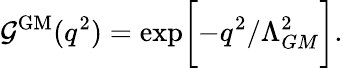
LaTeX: {\cal G}^{\mathrm{GM}}(q^{2})=\exp\biggl[-q^{2}/\Lambda_{GM}^{2}\biggr].